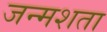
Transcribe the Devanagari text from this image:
जन्मशता